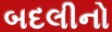
બદલીનો